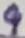
Text: 9